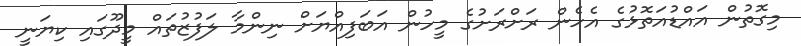
މިގޮތުން އައްޑުއަތޮޅުގެ އެހެން ރަށްރަށުގެ މީހުން އަބަފިއްޔަށް ނިންމާ ލަފުޒުތައް މީދޫގައި ކިޔަނީ